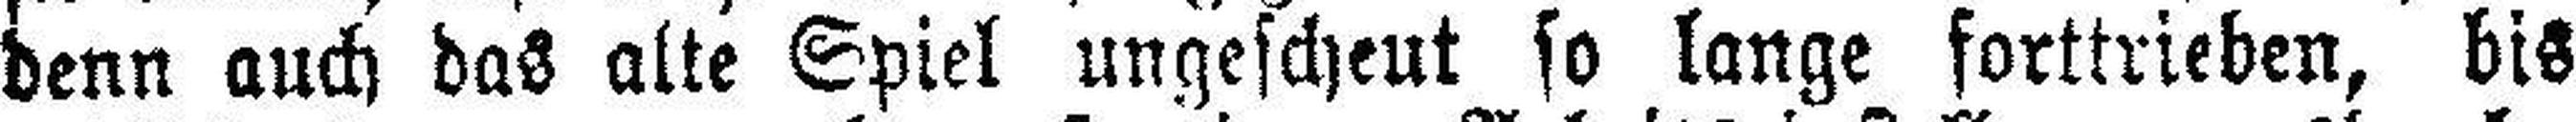
denn auch das alte Spiel ungescheut so lange forttrieben, bis